Tartu_linnavalitsus, lk 114
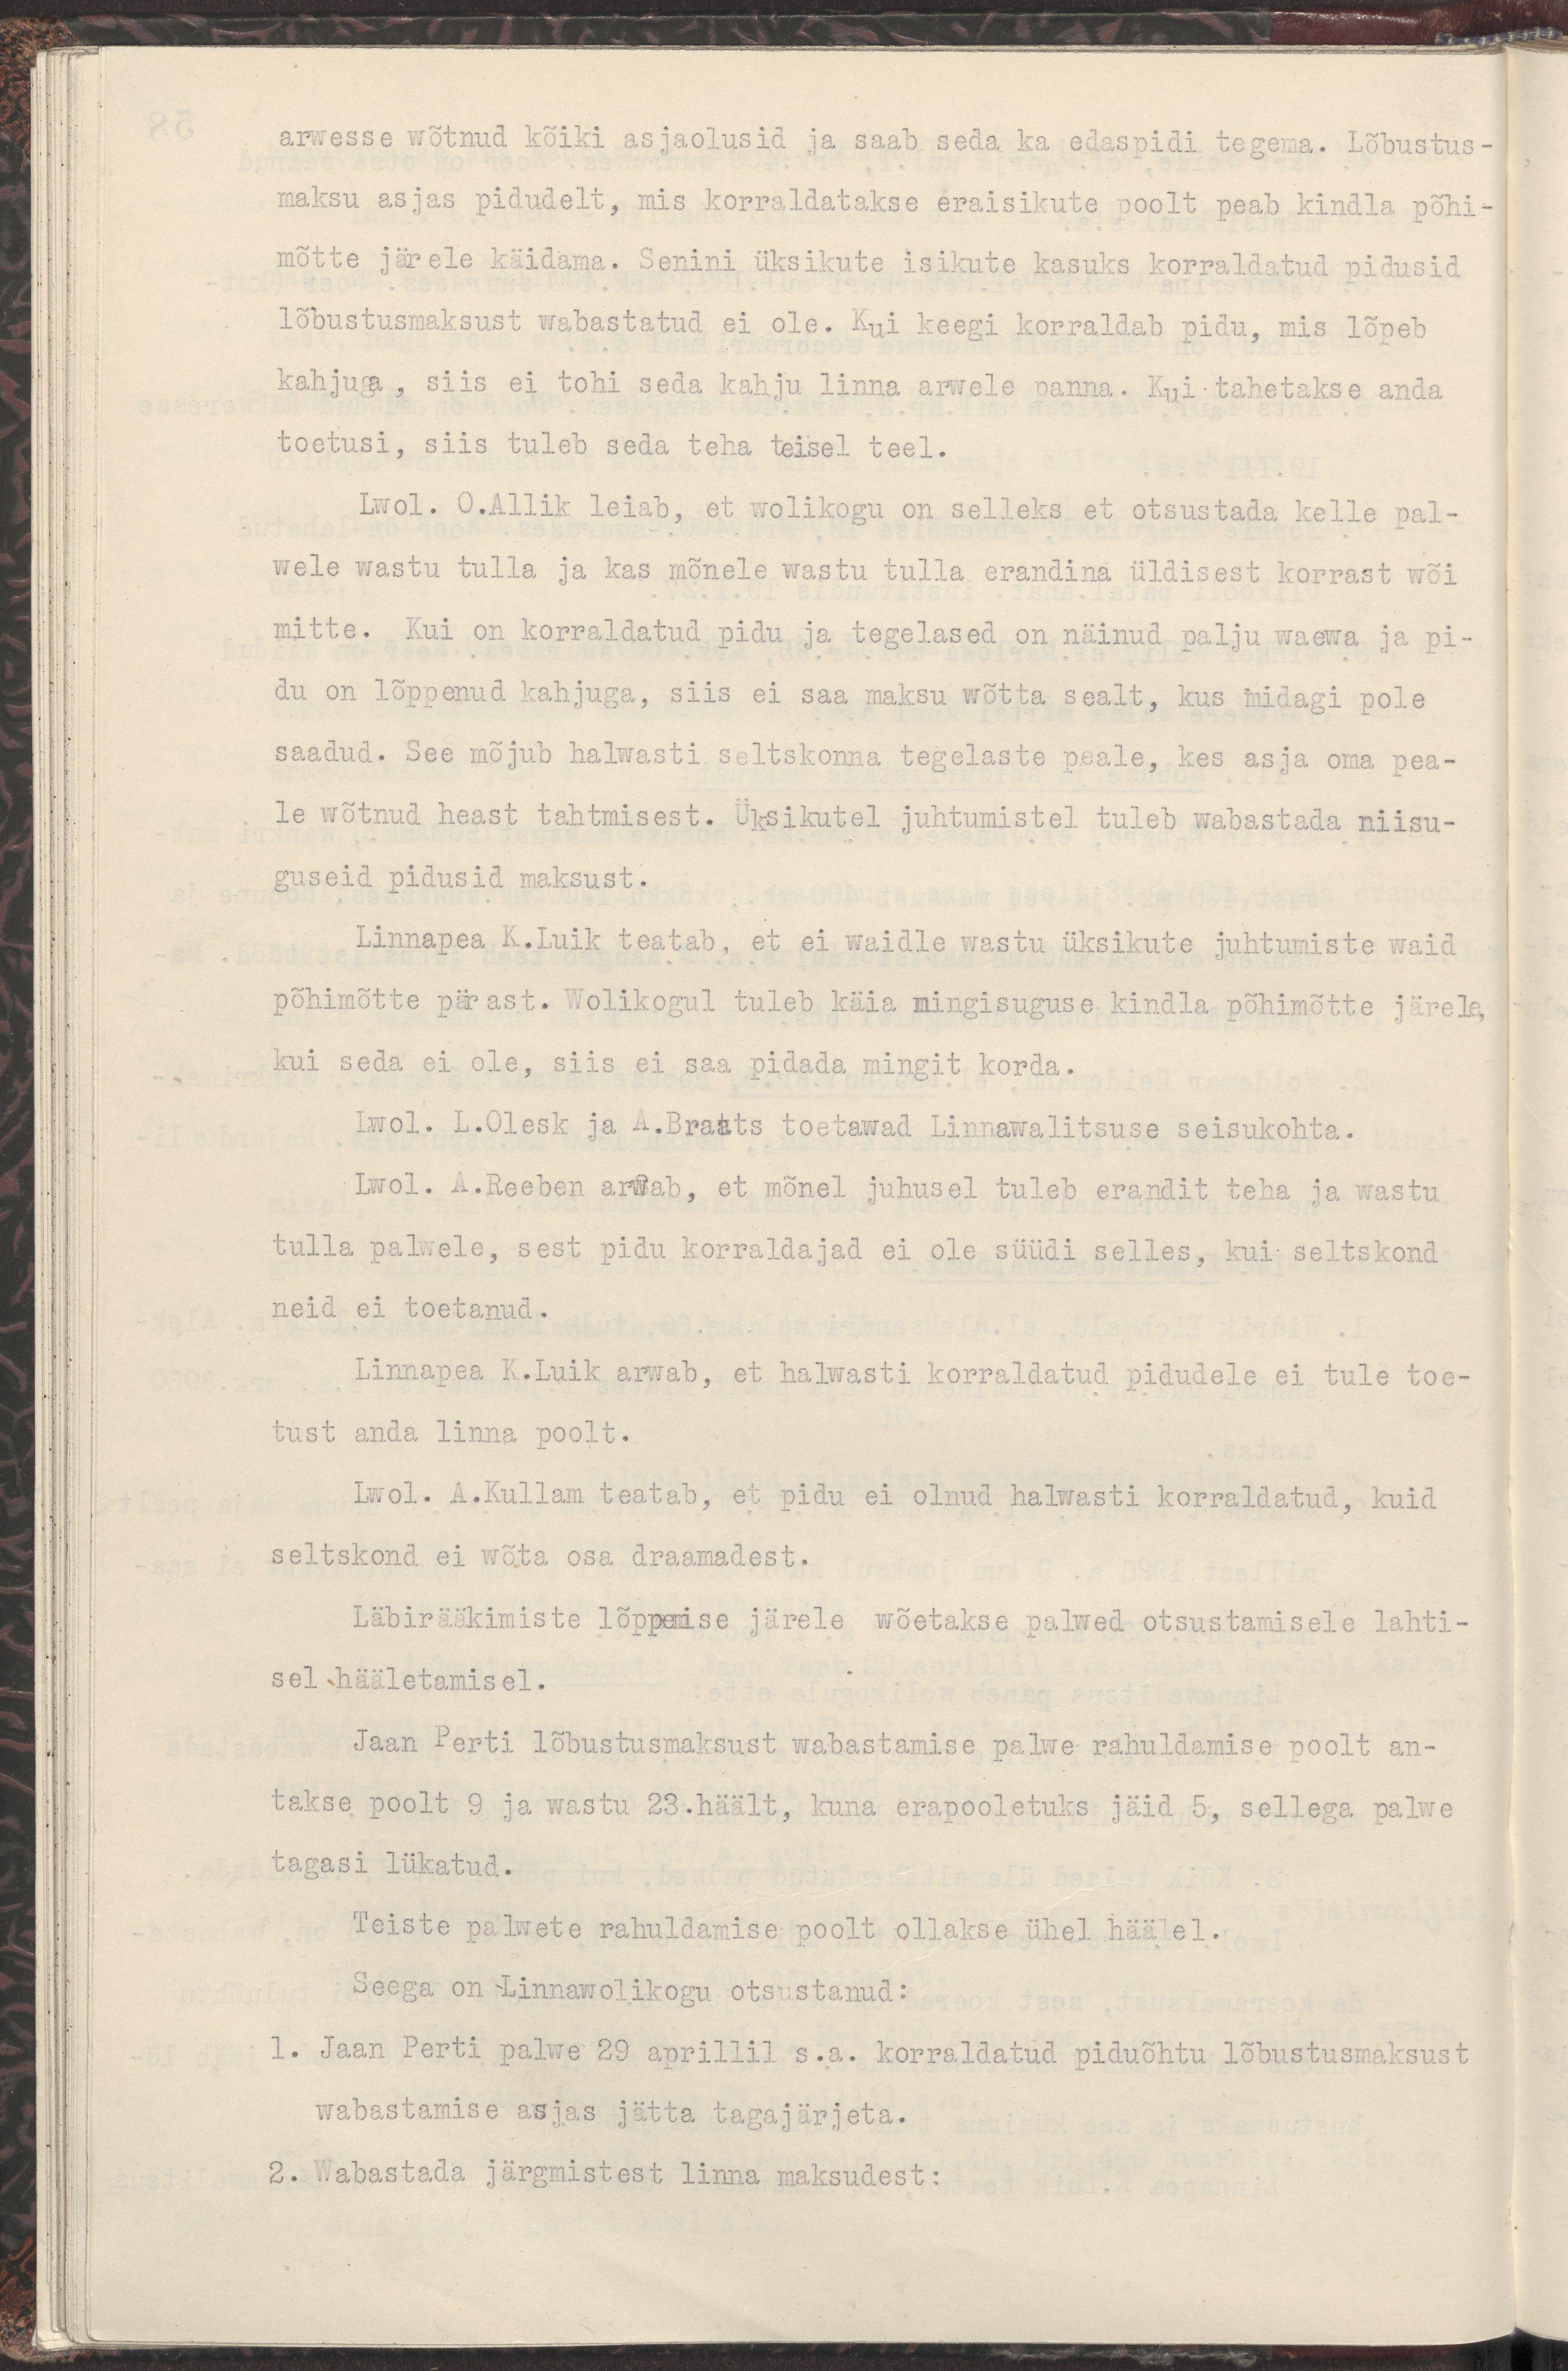
arwesse wõtnud kõiki asjaolusid ja saab seda ka edaspidi tegema. Lõbustus-
maksu asjas pidudelt, mis korraldatakse eraisikute poolt peab kindla põhi-
mõtte järele käidama. Senini üksikute isikute kasuks korraldatud pidusid
lõbustusmaksust wabastatud ei ole. Kui keegi korraldab pidu, mis lõpeb
kahjuga, siis ei tohi seda kahju linna arwele panna. Kui tahetakse anda
toetusi, siis tuleb seda teha teisel teel.
Lwol. O. Allik leiab, et wolikogu on selleks et otsustada kelle pal-
wele wastu tulla ja kas mõnele wastu tulla erandina üldisest korrast wõi
mitte. Kui on korraldatud pidu ja tegelased on näinud palju waewa ja pi-
du on lõppenud kahjuga, siis ei saa maksu wõtta sealt, kus midagi pole
saadud. See mõjub halwasti seltskonna tegelaste peale, kes asja oma pea-
le wõtnud heast tahtmisest. Üksikutel juhtumistel tuleb wabastada niisu-
guseid pidusid maksust.
Linnapea K. Luik teatab, et ei waidle wastu üksikute juhtumiste waid
põhimõtte pärast. Wolikogul tuleb käia mingisuguse kindla põhimõtte järel,
kui seda ei ole, siis ei saa pidada mingit korda.
Lwol. L. Olesk ja A. Braats toetawad Linnawalitsuse seisukohta.
Lwol. A. Reeben arwab, et mõnel juhusel tuleb erandit teha ja wastu
tulla palwele, sest pidu korraldajad ei ole süüdi selles, kui seltskond
neid ei toetanud.
Linnapea K. Luik arwab, et halwasti korraldatud pidudele ei tule toe-
tust anda linna poolt.
Lwol. A. Kullam teatab, et pidu ei olnud halwasti korraldatud, kuid
seltskond ei wõta osa draamadest.
Läbirääkimiste lõppemise järele wõetakse palwed otsustamisele lahti-
sel hääletamisel.
Jaan Perti lõbustusmaksust wabastamise palwe rahuldamise poolt an-
takse poolt 9 ja wastu 23.häält, kuna erapooletuks jäid 5, sellega palwe
tagasi lükatud.
Teiste palwete rahuldamise poolt ollakse ühel häälel.
Seega on Linnawolikogu otsustanud:
1. Jaan Perti palwe 29 aprillil s.a. korraldatud piduõhtu lõbustusmaksust
wabastamise asjas jätta tagajärjeta.
2. Wabastada järgmistest linna maksudest: